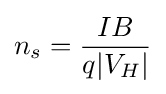
n_{s}={\frac {IB}{q|V_{H}|}}